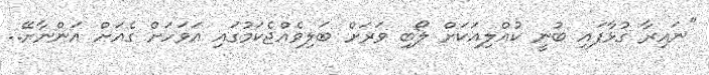
"ނައިރާ ގުޅާފައި ބުނީ ކުއްލިއަކަށް ލޯބި ވަރަށް ބަލިވެއްޖެކަމުގައި އަވަހަށް ގެއަށް އަންނާށޭ..